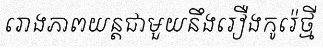
រោងភាពយន្តជាមួយនឹងរឿងកូរ៉េថ្មី